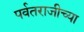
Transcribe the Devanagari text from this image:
पर्वतराजीच्या